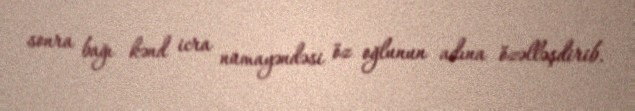
sonra bağı kənd icra nümayəndəsi öz oğlunun adına özəlləşdirib.